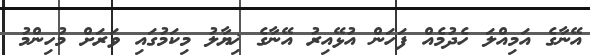
އޭނާގެ އަމިއްލަ ހެދުމެއް ފަހަން އުޅޭއިރު އޭނާގެ ޚިޔާލު މިކަމުގައި ވަރަށް މުހިންމު